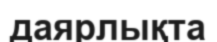
даярлықта